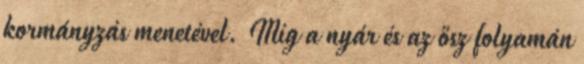
kormányzás menetével. Míg a nyár és az ősz folyamán